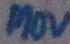
Text: MOV